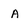
Character: A